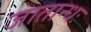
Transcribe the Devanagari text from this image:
जातान्धः